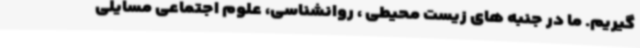
گیریم. ما در جنبه های زیست محیطی ، روانشناسی، علوم اجتماعی مسایلی